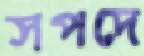
সপদে